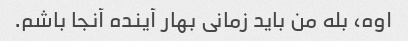
اوه، بله من باید زمانی بهار آینده آنجا باشم.